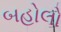
બહોલો